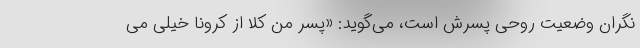
نگران وضعیت روحی پسرش است، می‌گوید: «پسر من کلاً از کرونا خیلی می